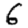
Digit: 6